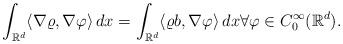
LaTeX: \begin{align*}\int_{\mathbb{R}^d} \langle \nabla\varrho, \nabla \varphi\rangle \, dx=\int_{\mathbb{R}^d} \langle \varrho b, \nabla \varphi\rangle \, dx\forall \varphi\in C_0^\infty(\mathbb{R}^d).\end{align*}